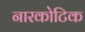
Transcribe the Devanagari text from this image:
नारकोटिक